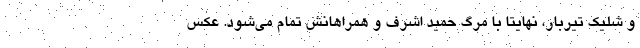
و شلیک تیربار، نهایتا با مرگ حمید اشرف و همراهانش تمام می‌شود. عکس